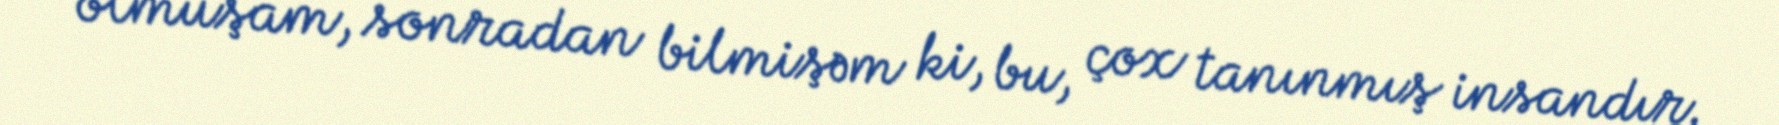
olmuşam, sonradan bilmişəm ki, bu, çox tanınmış insandır.